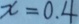
x = 0 . 4